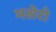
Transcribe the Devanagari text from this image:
मसेरो